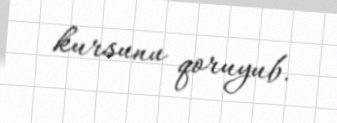
kursunu qoruyub.